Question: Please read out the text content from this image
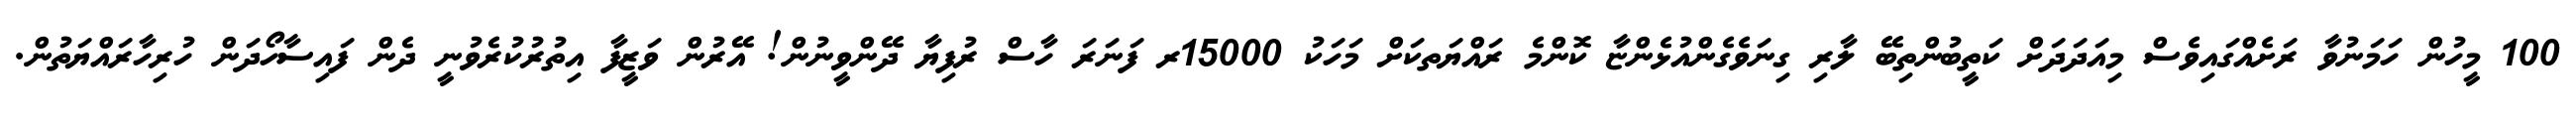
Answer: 100 މީހުން ހަމަނުވާ ރަށެއްގައިވެސް މިއަދަދަށް ކަތީބުންތިބޭ ލާރި ގިނަވެގެންއުޅެންޏާ ކޮންމެ ރައްޔަތކަށް މަހަކު 15000ރ ފަނަރަ ހާސް ރުފިޔާ ދޭންވީނުން! އޭރުން ވަޒީފާ އިތުރުކުރެވުނީ ދެން ފައިސާހޯދަން ހުރިހާރައްޔަތުން.